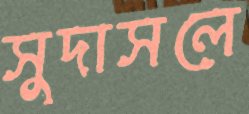
সুদাসলে